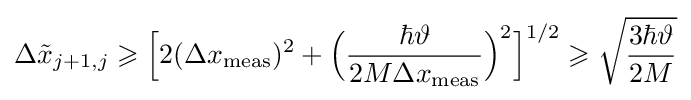
\Delta {\tilde {x}}_{j+1,j}\geqslant {\Bigl [}2(\Delta x_{\rm {meas}})^{2}+{\Bigl (}{\frac {\hbar \vartheta }{2M\Delta x_{\rm {meas}}}}{\Bigr )}^{2}{\Bigr ]}^{1/2}\geqslant {\sqrt {\frac {3\hbar \vartheta }{2M}}}